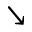
\searrow